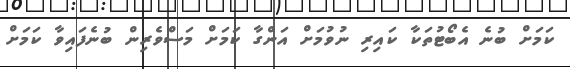
ކަމަށް ބުނެ އެބޯޓުތަކާ ކައިރި ނުވުމަށް އަންގާ ކަމަށް މަސްވެރިން ބުނެފައިވާ ކަމަށް